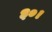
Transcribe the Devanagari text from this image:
३०।